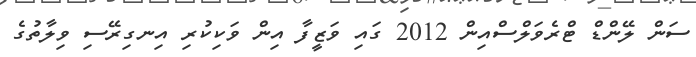
ސަން ލޭންޑް ޓްރެވަލްސްއިން 2012 ގައި ވަޒީފާ އިން ވަކިކުރި އިނގިރޭސި ވިލާތުގެ